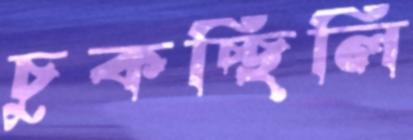
চুকচ্ছিলি